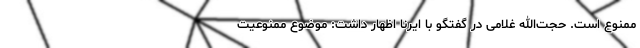
ممنوع است. حجت‌الله غلامی در گفتگو با ایرنا اظهار داشت: موضوع ممنوعیت